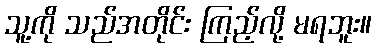
သူ့ကို သည်အတိုင်း ကြည့်လို့ မရဘူး။